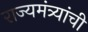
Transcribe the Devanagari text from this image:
राज्यमंत्र्यांची